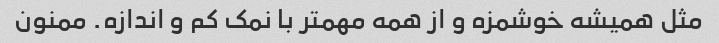
مثل همیشه خوشمزه و از همه مهمتر با نمک کم و اندازه. ممنون